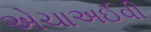
એચાઅઈવી